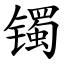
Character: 镯